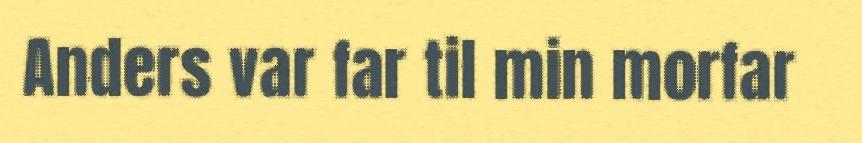
Anders var far til min morfar